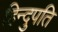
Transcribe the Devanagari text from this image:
हिन्दुपति